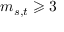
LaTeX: m _ { s , t } \geqslant 3